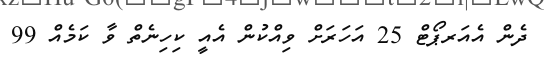
ދެން އެއަރޕޯޓް 25 އަހަރަށް ވިއްކުން އެއީ ކިހިނެތް ވާ ކަމެއް 99